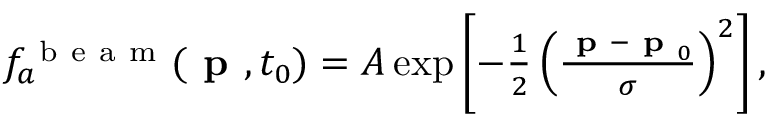
\begin{array} { r } { f _ { a } ^ { \mathrm { ~ b ~ e ~ a ~ m ~ } } ( \textbf { p } , t _ { 0 } ) = A \exp \left[ - \frac { 1 } { 2 } \left( \frac { \textbf { p } - \textbf { p } _ { 0 } } { \sigma } \right) ^ { 2 } \right] , } \end{array}